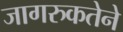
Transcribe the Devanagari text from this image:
जागरुकतेने